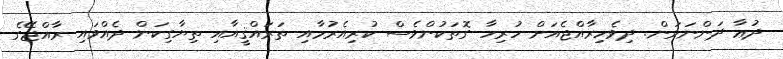
ދުޢާ ދަންނަވަން. ދިވެހިރާއްޖެއަށް ހުރިހާ ގޮތަކުންވެސް ކުރިއެރުމާއި ތަރައްޤީއާއި ތިޔާގިކަން ދެއްވައި ރާއްޖޭގެ